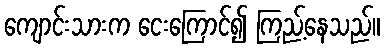
ကျောင်းသားက ငေးကြောင်၍ ကြည့်နေသည်။